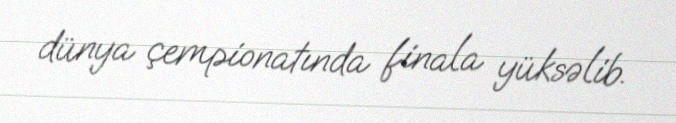
dünya çempionatında finala yüksəlib.